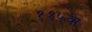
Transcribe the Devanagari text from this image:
११५वा